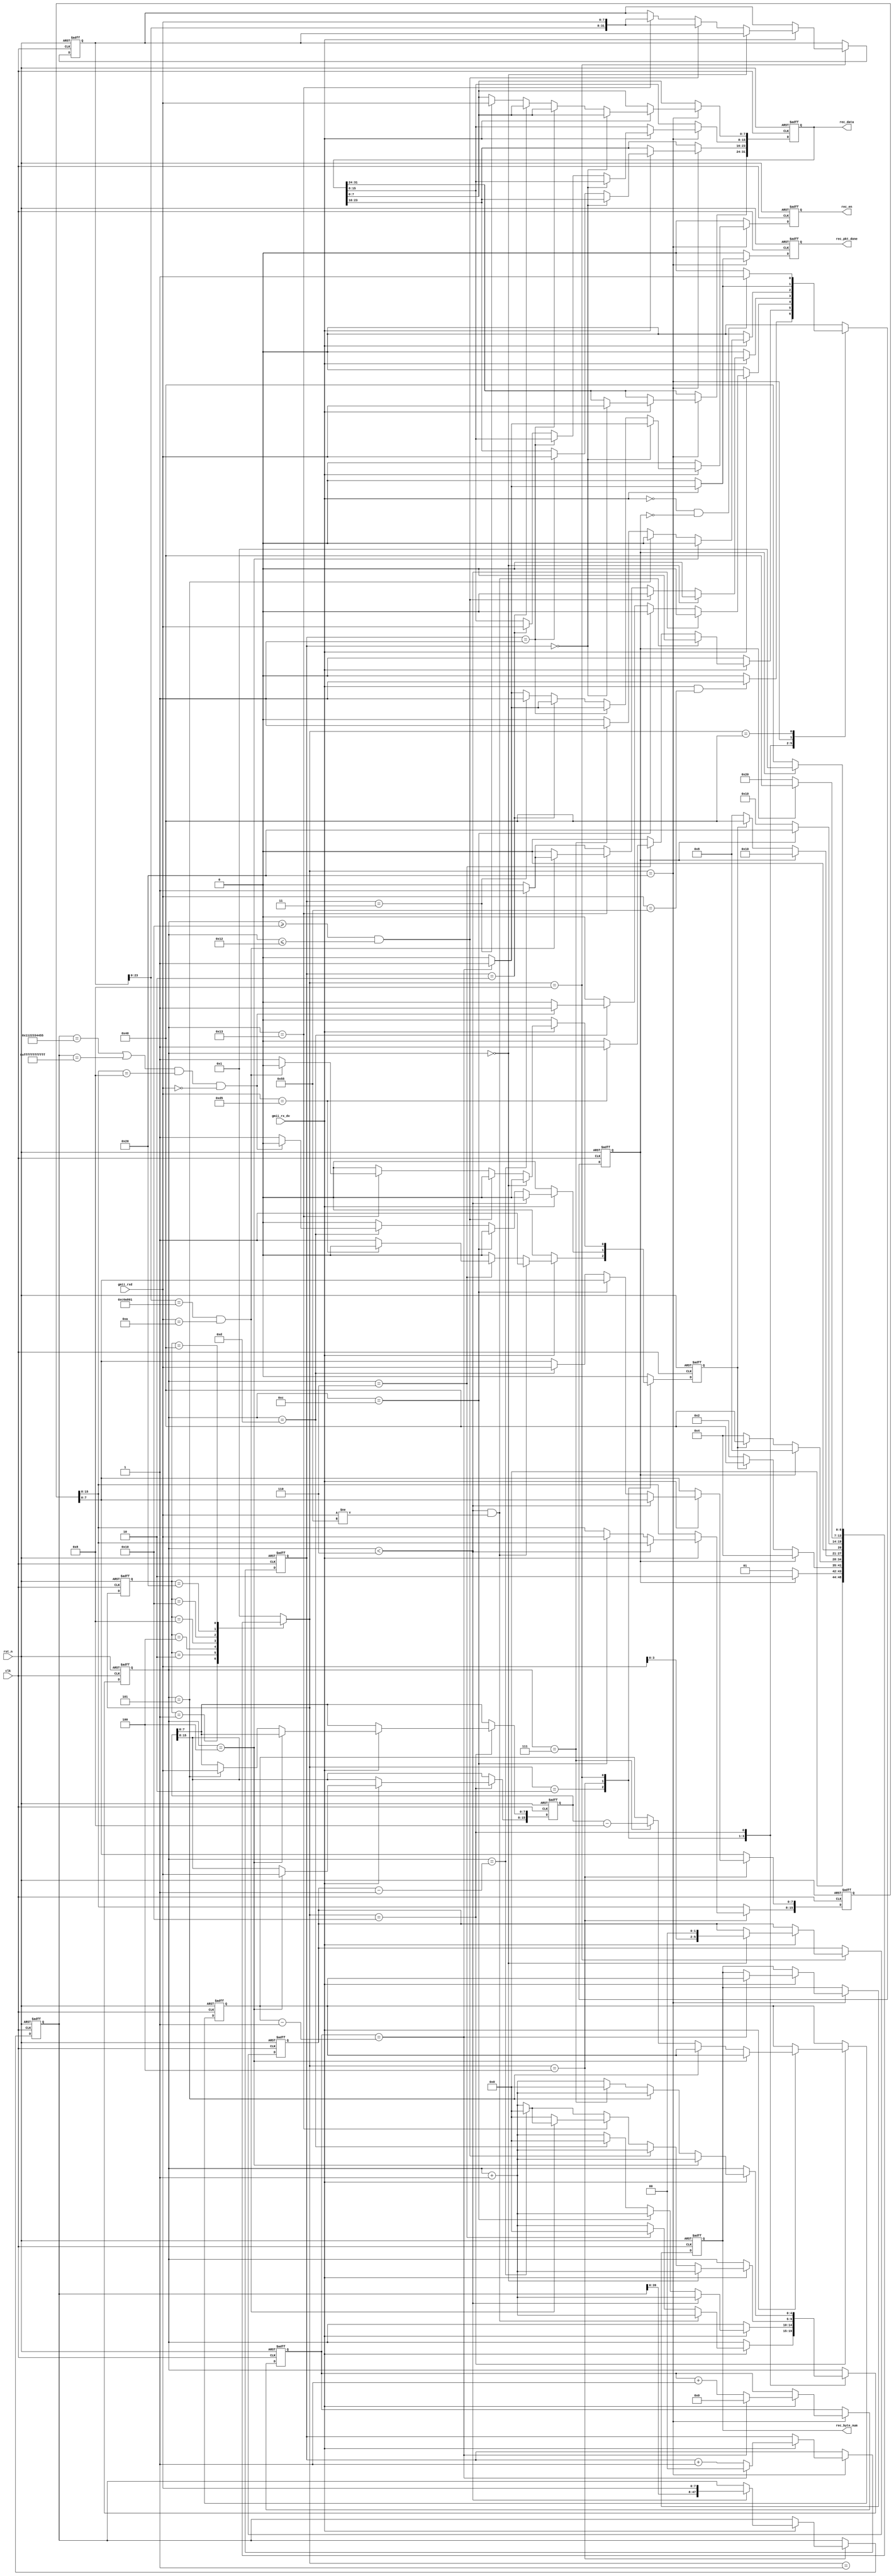
//****************************************Copyright (c)***********************************//
//www.yuanzige.com
//www.openedv.com
//http://openedv.taobao.com 
//""ZYNQ & FPGA & STM32 & LINUX
//
//Copyright(C)  2018-2028
//All rights reserved                                  
//----------------------------------------------------------------------------------------
// File name:           udp_rx
// Last modified Date:  2020/2/18 9:20:14
// Last Version:        V1.0
// Descriptions:        
//----------------------------------------------------------------------------------------
// Created by:          
// Created date:        2020/2/18 9:20:14
// Version:             V1.0
// Descriptions:        The original version
//
//----------------------------------------------------------------------------------------
//****************************************************************************************//

module udp_rx(
    input                clk         ,    //
    input                rst_n       ,    //
    
    input                gmii_rx_dv  ,    //GMII
    input        [7:0]   gmii_rxd    ,    //GMII
    output  reg          rec_pkt_done,    //
    output  reg          rec_en      ,    //
    output  reg  [31:0]  rec_data    ,    //
    output  reg  [15:0]  rec_byte_num     // :byte     
    );

//parameter define
//MAC 00-11-22-33-44-55
parameter BOARD_MAC = 48'h00_11_22_33_44_55; 
//IP 192.168.1.10 
parameter BOARD_IP = {8'd192,8'd168,8'd1,8'd10};

localparam  st_idle     = 7'b000_0001; //
localparam  st_preamble = 7'b000_0010; // 
localparam  st_eth_head = 7'b000_0100; //
localparam  st_ip_head  = 7'b000_1000; //IP
localparam  st_udp_head = 7'b001_0000; //UDP
localparam  st_rx_data  = 7'b010_0000; //
localparam  st_rx_end   = 7'b100_0000; //

localparam  ETH_TYPE    = 16'h0800   ; // IP

//reg define
reg  [6:0]   cur_state       ;
reg  [6:0]   next_state      ;
                             
reg          skip_en         ; //
reg          error_en        ; //
reg  [4:0]   cnt             ; //
reg  [47:0]  des_mac         ; //MAC
reg  [15:0]  eth_type        ; //
reg  [31:0]  des_ip          ; //IP
reg  [5:0]   ip_head_byte_num; //IP
reg  [15:0]  udp_byte_num    ; //UDP
reg  [15:0]  data_byte_num   ; //
reg  [15:0]  data_cnt        ; //    
reg  [1:0]   rec_en_cnt      ; //8bit32bit

//*****************************************************
//**                    main code
//*****************************************************

//()
always @(posedge clk or negedge rst_n) begin
    if(!rst_n)
        cur_state <= st_idle;  
    else
        cur_state <= next_state;
end

//
always @(*) begin
    next_state = st_idle;
    case(cur_state)
        st_idle : begin                                     //
            if(skip_en) 
                next_state = st_preamble;
            else
                next_state = st_idle;    
        end
        st_preamble : begin                                 //
            if(skip_en) 
                next_state = st_eth_head;
            else if(error_en) 
                next_state = st_rx_end;    
            else
                next_state = st_preamble;    
        end
        st_eth_head : begin                                 //
            if(skip_en) 
                next_state = st_ip_head;
            else if(error_en) 
                next_state = st_rx_end;
            else
                next_state = st_eth_head;           
        end  
        st_ip_head : begin                                  //IP
            if(skip_en)
                next_state = st_udp_head;
            else if(error_en)
                next_state = st_rx_end;
            else
                next_state = st_ip_head;       
        end 
        st_udp_head : begin                                 //UDP
            if(skip_en)
                next_state = st_rx_data;
            else
                next_state = st_udp_head;    
        end                
        st_rx_data : begin                                  //
            if(skip_en)
                next_state = st_rx_end;
            else
                next_state = st_rx_data;    
        end                           
        st_rx_end : begin                                   //
            if(skip_en)
                next_state = st_idle;
            else
                next_state = st_rx_end;          
        end
        default : next_state = st_idle;
    endcase                                          
end    

//,
always @(posedge clk or negedge rst_n) begin
    if(!rst_n) begin
        skip_en <= 1'b0;
        error_en <= 1'b0;
        cnt <= 5'd0;
        des_mac <= 48'd0;
        eth_type <= 16'd0;
        des_ip <= 32'd0;
        ip_head_byte_num <= 6'd0;
        udp_byte_num <= 16'd0;
        data_byte_num <= 16'd0;
        data_cnt <= 16'd0;
        rec_en_cnt <= 2'd0;
        rec_en <= 1'b0;
        rec_data <= 32'd0;
        rec_pkt_done <= 1'b0;
        rec_byte_num <= 16'd0;
    end
    else begin
        skip_en <= 1'b0;
        error_en <= 1'b0;  
        rec_en <= 1'b0;
        rec_pkt_done <= 1'b0;
        case(next_state)
            st_idle : begin
                if((gmii_rx_dv == 1'b1) && (gmii_rxd == 8'h55)) 
                    skip_en <= 1'b1;
            end
            st_preamble : begin
                if(gmii_rx_dv) begin                         //
                    cnt <= cnt + 5'd1;
                    if((cnt < 5'd6) && (gmii_rxd != 8'h55))  //78'h55  
                        error_en <= 1'b1;
                    else if(cnt==5'd6) begin
                        cnt <= 5'd0;
                        if(gmii_rxd==8'hd5)                  //18'hd5
                            skip_en <= 1'b1;
                        else
                            error_en <= 1'b1;    
                    end  
                end  
            end
            st_eth_head : begin
                if(gmii_rx_dv) begin
                    cnt <= cnt + 5'b1;
                    if(cnt < 5'd6) 
                        des_mac <= {des_mac[39:0],gmii_rxd}; //MAC
                    else if(cnt == 5'd12) 
                        eth_type[15:8] <= gmii_rxd;          //
                    else if(cnt == 5'd13) begin
                        eth_type[7:0] <= gmii_rxd;
                        cnt <= 5'd0;
                        //MACMAC
                        if(((des_mac == BOARD_MAC) ||(des_mac == 48'hff_ff_ff_ff_ff_ff))
                       && eth_type[15:8] == ETH_TYPE[15:8] && gmii_rxd == ETH_TYPE[7:0])            
                            skip_en <= 1'b1;
                        else
                            error_en <= 1'b1;
                    end        
                end  
            end
            st_ip_head : begin
                if(gmii_rx_dv) begin
                    cnt <= cnt + 5'd1;
                    if(cnt == 5'd0)
                        ip_head_byte_num <= {gmii_rxd[3:0],2'd0};
                    else if((cnt >= 5'd16) && (cnt <= 5'd18))
                        des_ip <= {des_ip[23:0],gmii_rxd};   //IP
                    else if(cnt == 5'd19) begin
                        des_ip <= {des_ip[23:0],gmii_rxd}; 
                        //IPIP
                        if((des_ip[23:0] == BOARD_IP[31:8])
                            && (gmii_rxd == BOARD_IP[7:0])) begin  
                            if(cnt == ip_head_byte_num - 1'b1) begin
                                skip_en <=1'b1;                     
                                cnt <= 5'd0;
                            end                             
                        end    
                        else begin            
                        //IP                        
                            error_en <= 1'b1;               
                            cnt <= 5'd0;
                        end                                                  
                    end                          
                    else if(cnt == ip_head_byte_num - 1'b1) begin 
                        skip_en <=1'b1;                      //IP
                        cnt <= 5'd0;                    
                    end    
                end                                
            end 
            st_udp_head : begin
                if(gmii_rx_dv) begin
                    cnt <= cnt + 5'd1;
                    if(cnt == 5'd4)
                        udp_byte_num[15:8] <= gmii_rxd;      //UDP 
                    else if(cnt == 5'd5)
                        udp_byte_num[7:0] <= gmii_rxd;
                    else if(cnt == 5'd7) begin
                        //UDP88
                        data_byte_num <= udp_byte_num - 16'd8;    
                        skip_en <= 1'b1;
                        cnt <= 5'd0;
                    end  
                end                 
            end          
            st_rx_data : begin         
                //32bit            
                if(gmii_rx_dv) begin
                    data_cnt <= data_cnt + 16'd1;
                    rec_en_cnt <= rec_en_cnt + 2'd1;
                    if(data_cnt == data_byte_num - 16'd1) begin
                        skip_en <= 1'b1;                    //
                        data_cnt <= 16'd0;
                        rec_en_cnt <= 2'd0;
                        rec_pkt_done <= 1'b1;               
                        rec_en <= 1'b1;                     
                        rec_byte_num <= data_byte_num;
                    end    
                    //rec_data,4,
                    //(rec_byte_num)
                    if(rec_en_cnt == 2'd0)
                        rec_data[31:24] <= gmii_rxd;
                    else if(rec_en_cnt == 2'd1)
                        rec_data[23:16] <= gmii_rxd;
                    else if(rec_en_cnt == 2'd2) 
                        rec_data[15:8] <= gmii_rxd;        
                    else if(rec_en_cnt==2'd3) begin
                        rec_en <= 1'b1;
                        rec_data[7:0] <= gmii_rxd;
                    end    
                end  
            end    
            st_rx_end : begin                               //   
                if(gmii_rx_dv == 1'b0 && skip_en == 1'b0)
                    skip_en <= 1'b1; 
            end    
            default : ;
        endcase                                                        
    end
end

endmodule